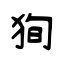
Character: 狥